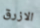
الازرق